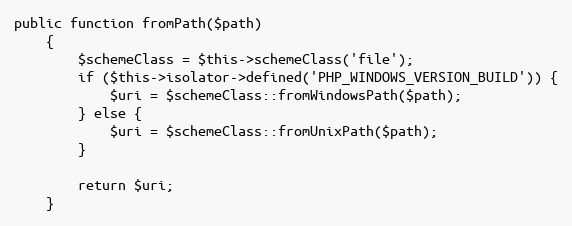
Language: PHP
public function fromPath($path)
    {
        $schemeClass = $this->schemeClass('file');
        if ($this->isolator->defined('PHP_WINDOWS_VERSION_BUILD')) {
            $uri = $schemeClass::fromWindowsPath($path);
        } else {
            $uri = $schemeClass::fromUnixPath($path);
        }

        return $uri;
    }